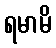
ရမာမိ